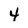
Character: 4